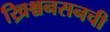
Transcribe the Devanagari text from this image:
ख्रिश्चनसनची